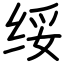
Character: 绥